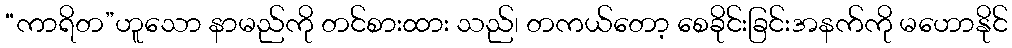
“ကာရိတ”ဟူသော နာမည်ကို တင်စားထား သည်၊ တကယ်တော့ စေခိုင်းခြင်းအနက်ကို မဟောနိုင်